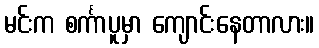
မင်းက စင်္ကာပူမှာ ကျောင်းနေတာလား။